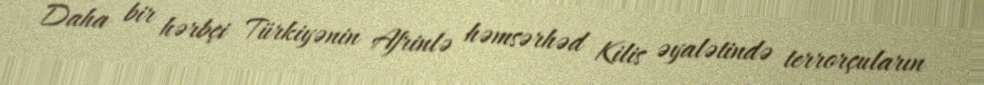
Daha bir hərbçi Türkiyənin Afrinlə həmsərhəd Kilis əyalətində terrorçuların